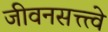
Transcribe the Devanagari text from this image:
जीवनसत्त्त्वे